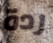
ردة